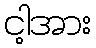
ငါ့အား